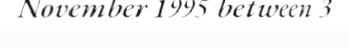
November 1995 between 3